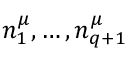
n _ { 1 } ^ { \mu } , \ldots , n _ { q + 1 } ^ { \mu }